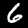
Digit: 6